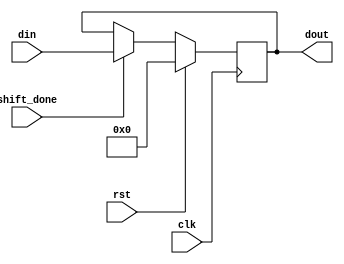
`timescale 1ns/1ns
	
module PC #(parameter n = 32) 
	(input clk, rst, shift_done,
	 input [n-1:0] din,
	 output reg [n-1:0] dout);

    always @ (posedge clk) begin
        if (rst)
			dout <= {n{1'b0}};	
        else if (shift_done)		
		  dout <= din;
		else
			dout <= dout;
	end

endmodule